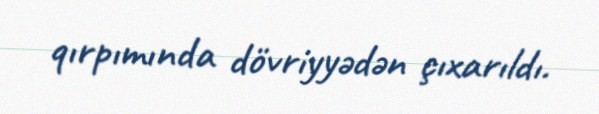
qırpımında dövriyyədən çıxarıldı.